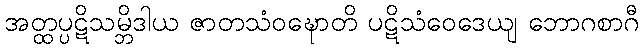
အတ္ထပ္ပဋိသမ္ဘိဒါယ ဇာတသံဝဍ္ဎောတိ ပဋိသံဝေဒေယျ ဘောဂစာဂီ